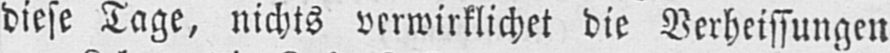
diese Tage, nichts verwirklichet die Verheissungen